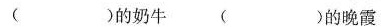
( )的奶牛 ( )的晚霞